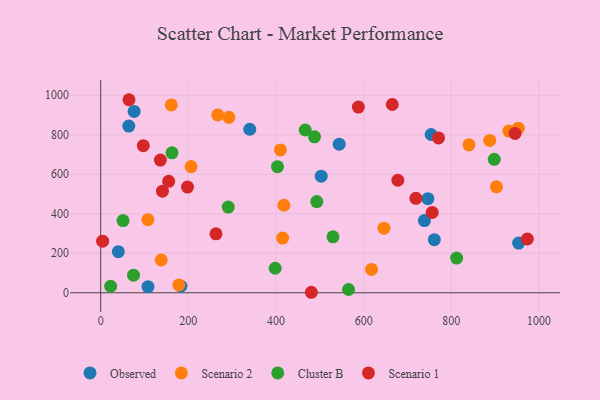
{"axis": {"x": "Speed", "y": "Demand"}, "legend": ["Cluster B", "Observed", "Scenario 1", "Scenario 2"], "data": [{"x": "753.9", "y": 801.3, "type": "Observed"}, {"x": "76.3", "y": 918.3, "type": "Observed"}, {"x": "953.5", "y": 251.6, "type": "Observed"}, {"x": "40.2", "y": 208.2, "type": "Observed"}, {"x": "544.2", "y": 752.5, "type": "Observed"}, {"x": "738.6", "y": 365.4, "type": "Observed"}, {"x": "182.8", "y": 33.2, "type": "Observed"}, {"x": "340.1", "y": 828.1, "type": "Observed"}, {"x": "107.9", "y": 30.7, "type": "Observed"}, {"x": "503.1", "y": 590.1, "type": "Observed"}, {"x": "64.1", "y": 844.3, "type": "Observed"}, {"x": "746.5", "y": 476.6, "type": "Observed"}, {"x": "761.2", "y": 268.9, "type": "Observed"}, {"x": "417.8", "y": 443.0, "type": "Scenario 2"}, {"x": "415.1", "y": 276.9, "type": "Scenario 2"}, {"x": "887.7", "y": 771.2, "type": "Scenario 2"}, {"x": "292.4", "y": 888.2, "type": "Scenario 2"}, {"x": "902.9", "y": 536.3, "type": "Scenario 2"}, {"x": "206.2", "y": 638.8, "type": "Scenario 2"}, {"x": "410.0", "y": 723.5, "type": "Scenario 2"}, {"x": "107.6", "y": 370.1, "type": "Scenario 2"}, {"x": "138.2", "y": 166.1, "type": "Scenario 2"}, {"x": "617.9", "y": 118.3, "type": "Scenario 2"}, {"x": "646.2", "y": 326.9, "type": "Scenario 2"}, {"x": "952.7", "y": 833.5, "type": "Scenario 2"}, {"x": "840.2", "y": 749.3, "type": "Scenario 2"}, {"x": "931.3", "y": 818.5, "type": "Scenario 2"}, {"x": "161.1", "y": 951.3, "type": "Scenario 2"}, {"x": "178.3", "y": 39.8, "type": "Scenario 2"}, {"x": "267.0", "y": 900.7, "type": "Scenario 2"}, {"x": "493.0", "y": 461.6, "type": "Cluster B"}, {"x": "22.7", "y": 32.8, "type": "Cluster B"}, {"x": "898.0", "y": 675.6, "type": "Cluster B"}, {"x": "51.0", "y": 365.7, "type": "Cluster B"}, {"x": "565.5", "y": 16.5, "type": "Cluster B"}, {"x": "74.9", "y": 89.2, "type": "Cluster B"}, {"x": "398.1", "y": 124.1, "type": "Cluster B"}, {"x": "530.0", "y": 283.4, "type": "Cluster B"}, {"x": "487.8", "y": 789.5, "type": "Cluster B"}, {"x": "812.1", "y": 175.6, "type": "Cluster B"}, {"x": "291.0", "y": 433.8, "type": "Cluster B"}, {"x": "466.6", "y": 824.3, "type": "Cluster B"}, {"x": "403.4", "y": 638.6, "type": "Cluster B"}, {"x": "162.7", "y": 708.5, "type": "Cluster B"}, {"x": "140.9", "y": 514.6, "type": "Scenario 1"}, {"x": "155.1", "y": 564.3, "type": "Scenario 1"}, {"x": "97.2", "y": 744.8, "type": "Scenario 1"}, {"x": "719.2", "y": 478.2, "type": "Scenario 1"}, {"x": "263.0", "y": 298.4, "type": "Scenario 1"}, {"x": "198.1", "y": 535.2, "type": "Scenario 1"}, {"x": "4.4", "y": 261.0, "type": "Scenario 1"}, {"x": "756.3", "y": 406.8, "type": "Scenario 1"}, {"x": "678.0", "y": 569.6, "type": "Scenario 1"}, {"x": "945.4", "y": 806.7, "type": "Scenario 1"}, {"x": "973.5", "y": 272.3, "type": "Scenario 1"}, {"x": "770.8", "y": 783.9, "type": "Scenario 1"}, {"x": "665.3", "y": 953.4, "type": "Scenario 1"}, {"x": "64.6", "y": 977.5, "type": "Scenario 1"}, {"x": "480.6", "y": 2.4, "type": "Scenario 1"}, {"x": "136.2", "y": 672.0, "type": "Scenario 1"}, {"x": "587.9", "y": 940.3, "type": "Scenario 1"}]}